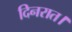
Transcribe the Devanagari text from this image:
दिनरात।